Rangoon Lunatic Asylum 1878-1892 - 1878-1892
Year: 1878
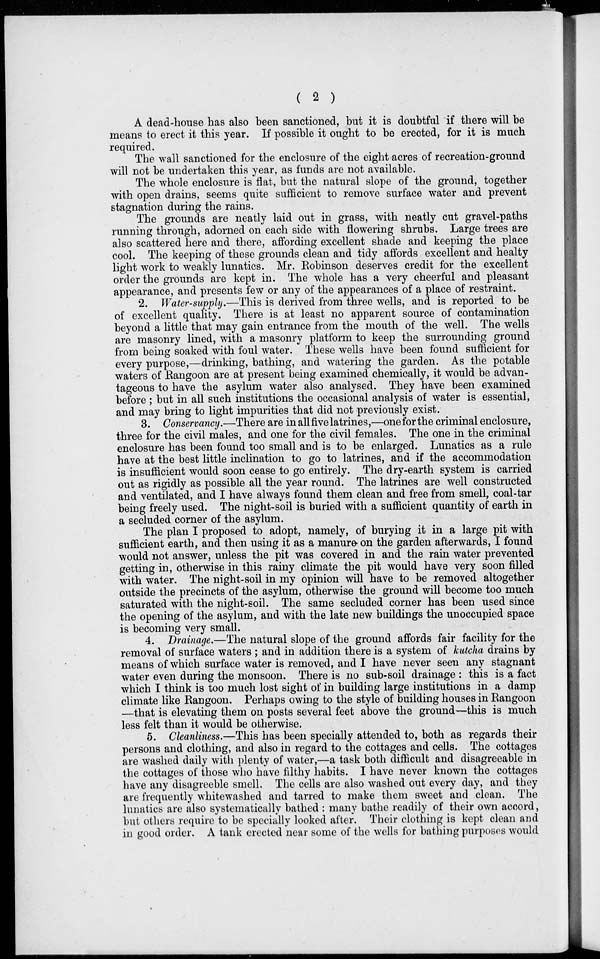
( 2 )
A dead-house has also been sanctioned, but it is doubtful if there will be
means to erect it this year. If possible it ought to be erected, for it is much
required.
The wall sanctioned for the enclosure of the eight acres of recreation-ground
will not be undertaken this year, as funds are not available.
The whole enclosure is flat, but the natural slope of the ground, together
with open drains, seems quite sufficient to remove surface water and prevent
stagnation during the rains.
The grounds are neatly laid out in grass, with neatly cut gravel-paths
running through, adorned on each side with flowering shrubs. Large trees are
also scattered here and there, affording excellent shade and keeping the place
cool. The keeping of these grounds clean and tidy affords excellent and healty
light work to weakly lunatics. Mr. Robinson deserves credit for the excellent
order the grounds are kept in. The whole has a very cheerful and pleasant
appearance, and presents few or any of the appearances of a place of restraint.
2. Water-supply.—This is derived from three wells, and is reported to be
of excellent quality. There is at least no apparent source of contamination
beyond a little that may gain entrance from the mouth of the well. The wells
are masonry lined, with a masonry platform to keep the surrounding ground
from being soaked with foul water. These wells have been found sufficient for
every purpose,—drinking, bathing, and watering the garden. As the potable
waters of Rangoon are at present being examined chemically, it would be advan-
tageous to have the asylum water also analysed. They have been examined
before ; but in all such institutions the occasional analysis of water is essential,
and may bring to light impurities that did not previously exist.
3. Conservancy.—There are in all five latrines,—oneforthe criminal enclosure,
three for the civil males, and one for the civil females. The one in the criminal
enclosure has been found too small and is to be enlarged. Lunatics as a rule
have at the best little inclination to go to latrines, and if the accommodation
is insufficient would soon cease to go entirely. The dry-earth system is carried
out as rigidly as possible all the year round. The latrines are well constructed
and ventilated, and I have always found them clean and free from smell, coal-tar
being freely used. The night-soil is buried with a sufficient quantity of earth in
a secluded corner of the asylum.
The plan I proposed to adopt, namely, of burying it in a large pit with
sufficient earth, and then using it as a manure on the garden afterwards, I found
would not answer, unless the pit was covered in and the rain water prevented
getting in, otherwise in this rainy climate the pit would have very soon filled
with water. The night-soil in my opinion will have to be removed altogether
outside the precincts of the asylum, otherwise the ground will become too much
saturated with the night-soil. The same secluded corner has been used since
the opening of the asylum, and with the late new buildings the unoccupied space
is becoming very small.
4. Drainage.—The natural slope of the ground affords fair facility for the
removal of surface waters ; and in addition there is a system of kutcha drains by
means of which surface water is removed, and I have never seen any stagnant
water even during the monsoon. There is no sub-soil drainage : this is a fact
which I think is too much lost sight of in building large institutions in a damp
climate like Rangoon. Perhaps owing to the style of building houses in Rangoon
—that is elevating them on posts several feet above the ground—this is much
less felt than it would be otherwise.
5. Cleanliness.—This has been specially attended to, both as regards their
persons and clothing, and also in regard to the cottages and cells. The cottages
are washed daily with plenty of water,—a task both difficult and disagreeable in
the cottages of those who have filthy habits. I have never known the cottages
have any disagreeble smell. The cells are also washed out every day, and they
are frequently whitewashed and tarred to make them sweet and clean. The
lunatics are also systematically bathed : many bathe readily of their own accord,
but others require to be specially looked after. Their clothing is kept clean and
in good order. A tank erected near some of the wells for bathing purposes would